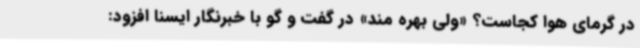
در گرمای هوا کجاست؟ «ولی بهره مند» در گفت و گو با خبرنگار ایسنا افزود: